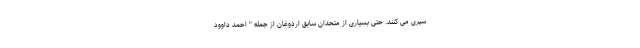
سپری می کنند. حتی بسیاری از متحدان سابق اردوغان از جمله " احمد داوود